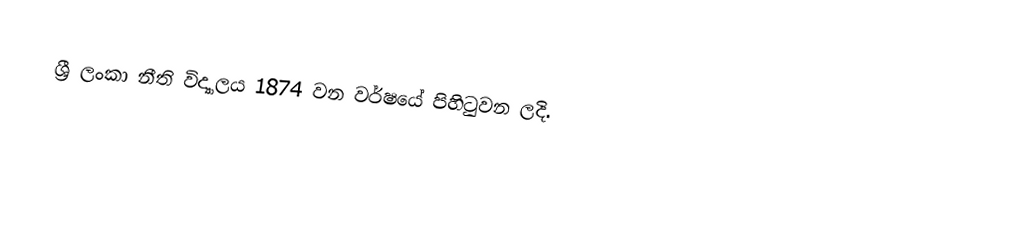
ශ්‍රී ලංකා නීති විද්‍යාලය 1874 වන වර්ෂයේ පිහිටුවන ලදි.